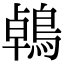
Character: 鵫